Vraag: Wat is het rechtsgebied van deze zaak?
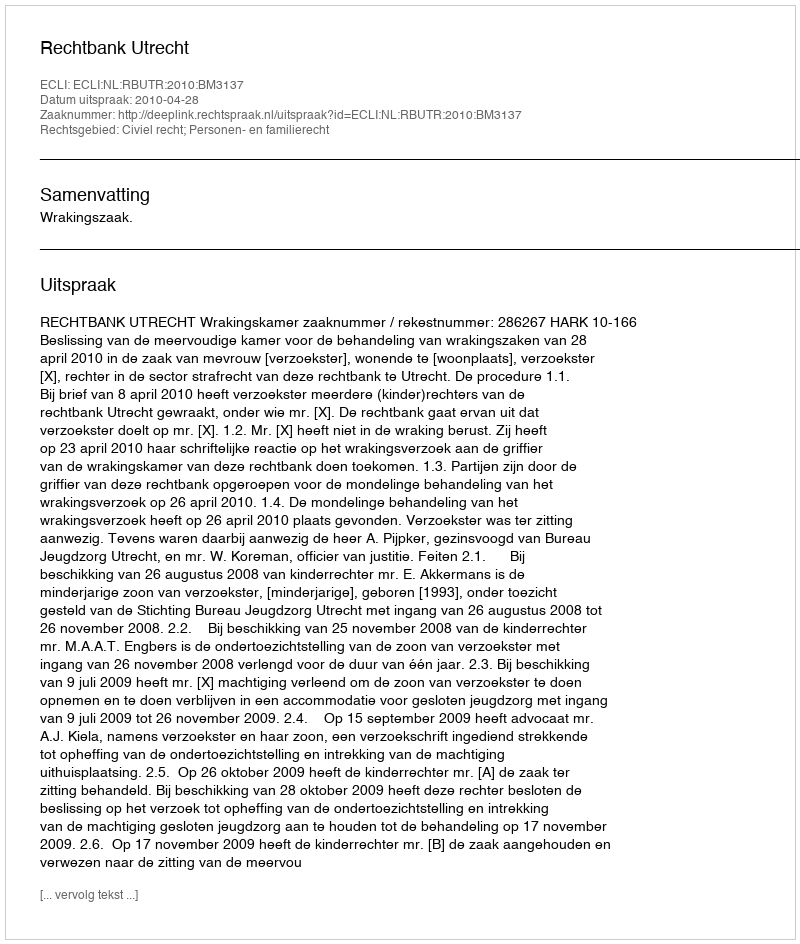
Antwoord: Civiel recht; Personen- en familierecht